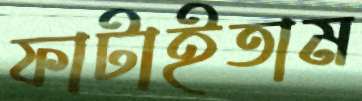
ফাটাইতাম